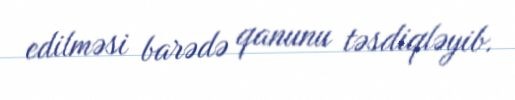
edilməsi barədə qanunu təsdiqləyib.